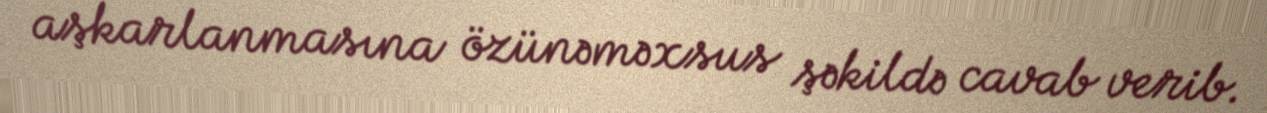
aşkarlanmasına özünəməxsus şəkildə cavab verib.